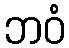
ဘဝံ